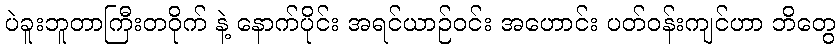
ပဲခူးဘူတာကြီးတဝိုက် နဲ့ နောက်ပိုင်း အရင်ယာဉ်ဝင်း အဟောင်း ပတ်ဝန်းကျင်ဟာ ဘိတွေ